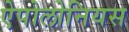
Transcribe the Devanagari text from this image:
ऐपोलोनियस